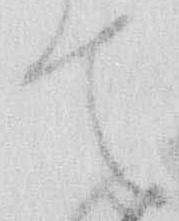
て